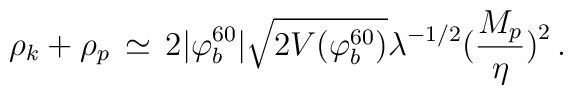
\rho_{k} + \rho_{p} \, \simeq \, 2 |\varphi_b^{60}| \sqrt{2 V(\varphi_b^{60})} \lambda^{-1/2} \bigl( {{M_p} \over {\eta}} \bigr)^2 \, .